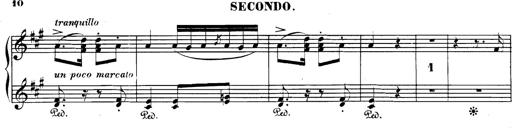
Title: Spinnerlied aus dem Fliegenden HollÃ¤nder
Composer: Franz Liszt